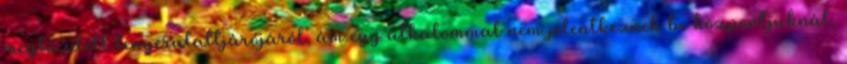
megtűzdelt tengeralattjárójáról, ám egy alkalommal nem jelentkeznek be központjuknál,